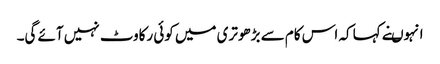
انہوںنے کہا کہ اس کام سے بڑھوتری میں کوئی رکاوٹ نہیں آئے گی۔